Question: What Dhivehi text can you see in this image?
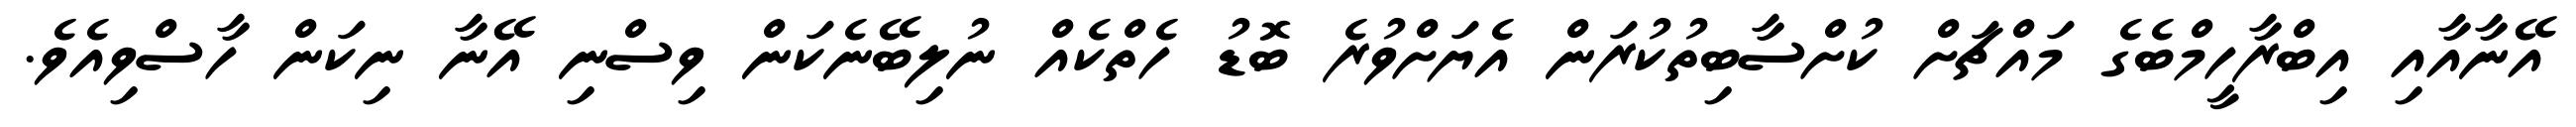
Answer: އޭނާއާއި އިބްރާހީމްބެގެ މައްޗަށް ކުށްސާބިތުކުރަން އެޔަށްވުރެ ބޮޑު ހެތްކެއް ނުލިބޭނެކަން ވިސްނި އޭނާ ނިކަން ހާސްވިއެވެ.